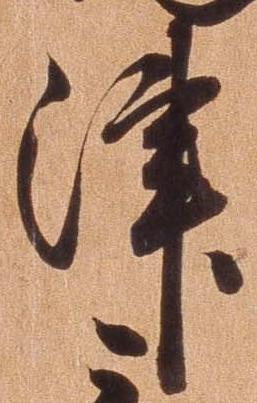
津